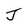
Character: J